Note on the mental hospitals in Burma - 1925-1940
Year: 1925
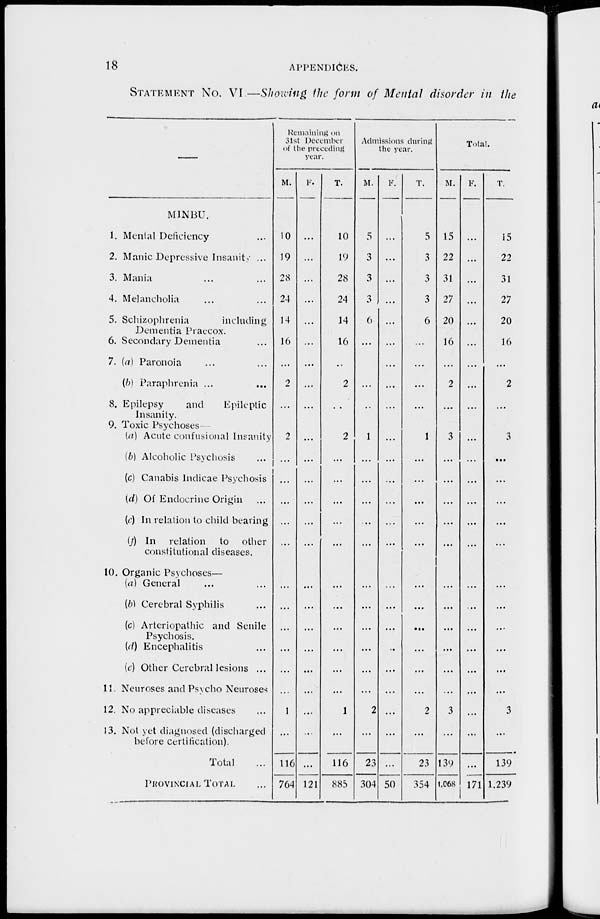
18
APPENDICES.
STATEMENT NO. VI.—Showing the form of Mental disorder in the
MINBU.
1. Menial Deficiency ...
2. Manic Depressive Insanity ...
3. Mania ... ...
4. Melancholia ... ...
5. Schizophrenia
including
Dementia Praecox.
6. Secondary Dementia ...
7. (a) Paronoia ... ...
(b) Paraphrenia ... ...
8. Epilepsy
and
Epileptic
Insanity.
9. Toxic Psychoses—
(a) Acute confusional Insanity
(b) Alcoholic Psychosis ...
(c) Canabis Indicae Psychosis
(d) Of Endocrine Origin ...
(e) In relation to child beating
(f) In relation to other
constitutional diseases.
10. Organic Psychoses—
(a) General ... ...
(b) Cerebral Syphilis ... ...
(c) Arteriopathic and Senile
Psychosis.
(d) Encephalitis ...
(e) Other Cerebral lesions ...
11. Neuroses and Psycho Neuroses
12. No appreciable diseases ...
13. Not yet diagnosed (discharged
before certification).
Total ...
PROVINCIAL TOTAL ...
Remaining on
31st December
of the preceding
year.
M.
10
19
28
24
14
16
...
2
...
2
...
...
...
...
...
...
...
...
...
...
...
1
...
116
764
F.
...
...
...
...
...
...
...
...
...
...
...
...
...
...
...
...
...
...
...
...
...
...
...
...
121
T.
10
19
28
24
14
16
..
2
2
...
...
...
...
...
...
...
...
...
...
...
1
...
116
885
Admissions during
the year.
M.
5
3
3
3
6
...
...
...
..
1
...
...
...
..
...
...
...
...
...
...
...
2
...
23
304
F.
...
...
...
...
...
...
...
...
...
...
...
...
...
...
...
...
...
...
..
...
...
...
...
...
50
T.
5
3
3
3
6
...
...
...
...
1
...
...
...
...
...
...
...
...
...
...
...
2
...
23
354
Total.
M.
15
22
31
27
20
16
...
2
...
3
...
...
...
...
...
...
...
...
...
...
...
3
...
139
1,668
F.
...
...
...
...
...
...
...
...
...
...
...
...
...
...
...
...
...
...
...
...
...
...
...
171
T.
15
22
31
27
20
16
...
2
...
3
...
...
...
...
...
...
...
...
...
...
...
3
...
139
1.239